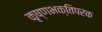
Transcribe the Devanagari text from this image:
कृष्णभक्तिपरक